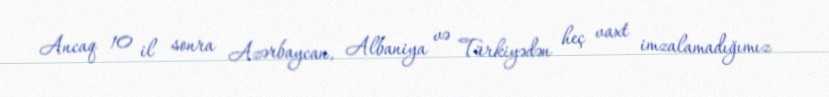
Ancaq 10 il sonra Azərbaycan, Albaniya və Türkiyədən heç vaxt imzalamadığımız